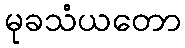
မုခသံယတော